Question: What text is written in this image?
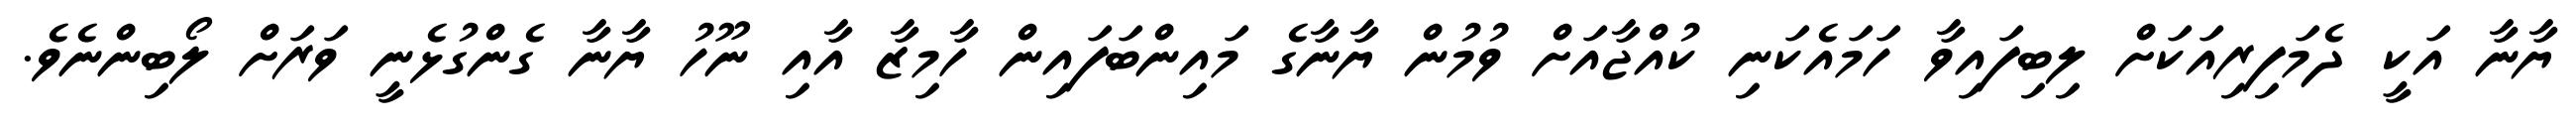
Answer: ޔާނާ އަކީ ދެމަފިރިއަކަށް ލިބިފައިވާ ހަމައެކަނި ކުއްޖާއަށް ވުމުން ޔާނާގެ މައިންބަފައިން ހާމިޒާ އާއި ނޫހު ޔާނާ ގެންގުޅެނީ ވަރަށް ލޯބިންނެވެ.